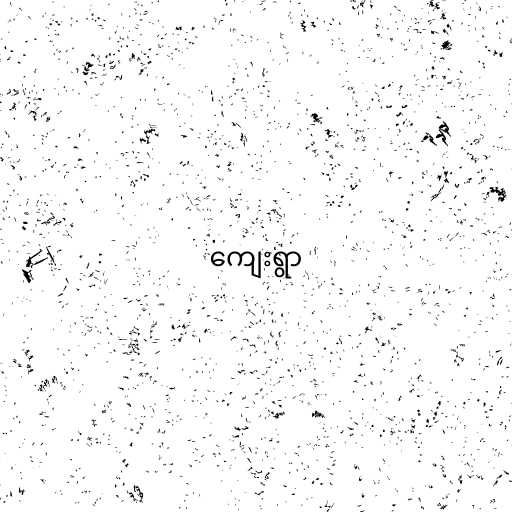
ကျေးရွာ